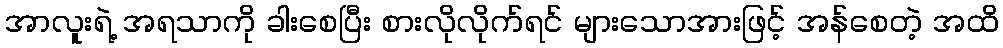
အာလူးရဲ့ အရသာကို ခါးစေပြီး စားလိုလိုက်ရင် များသောအားဖြင့် အန်စေတဲ့ အထိ